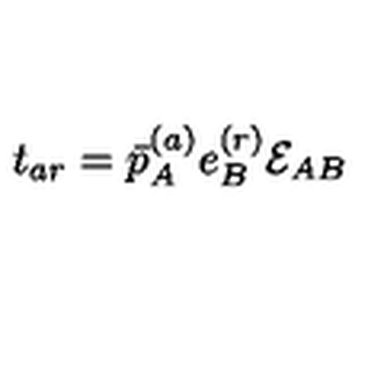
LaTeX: t _ { a r } = \bar { p } _ { A } ^ { ( a ) } e _ { B } ^ { ( r ) } { \cal E } _ { A B }